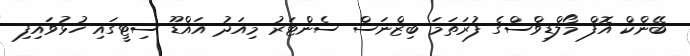
ބޭންކް އޮފް މޯލްޑިވްސްގެ ފުރަތަމަ ބިޒްނަސް ސެންޓަރު މިއަދު އައްޑޫ ސިޓީގައި ހުޅުވައިފި